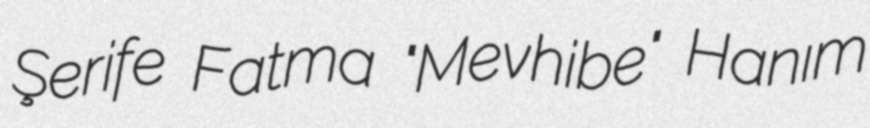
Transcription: Şerife Fatma "Mevhibe" Hanım